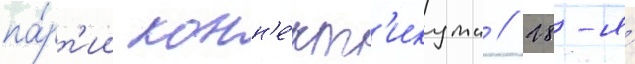
па́рт'ии конн'е́кт'икута // 28-я́